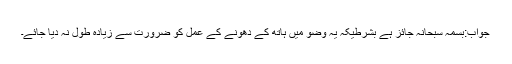
جواب:بسمہ سبحانہ جائز ہے بشرطیکہ یہ وضو میں ہاتھ کے دھونے کے عمل کو ضرورت سے زیادہ طول نہ دیا جائے۔